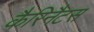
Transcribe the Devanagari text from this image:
कैरिनैटस